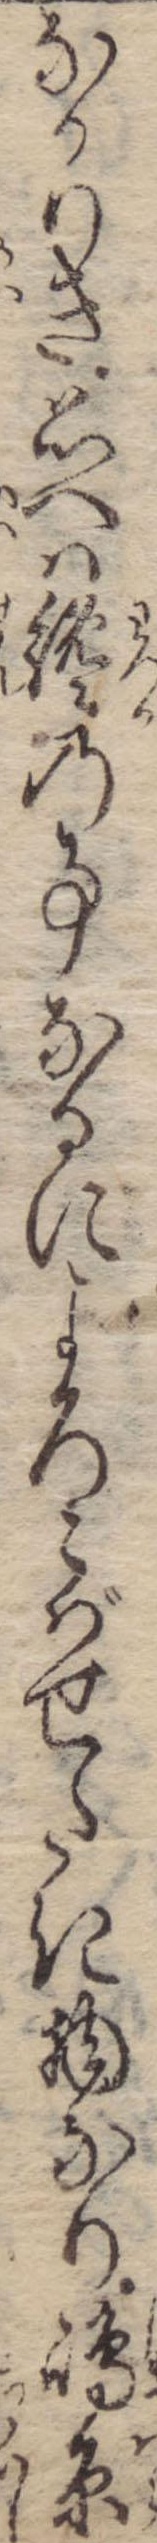
なかりき思へは纔の事なるによろこばせたき物なり島原